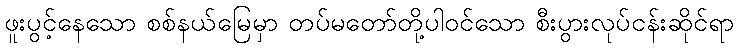
ဖူးပွင့်နေသော စစ်နယ်မြေမှာ တပ်မတော်တို့ပါဝင်သော စီးပွားလုပ်ငန်းဆိုင်ရာ